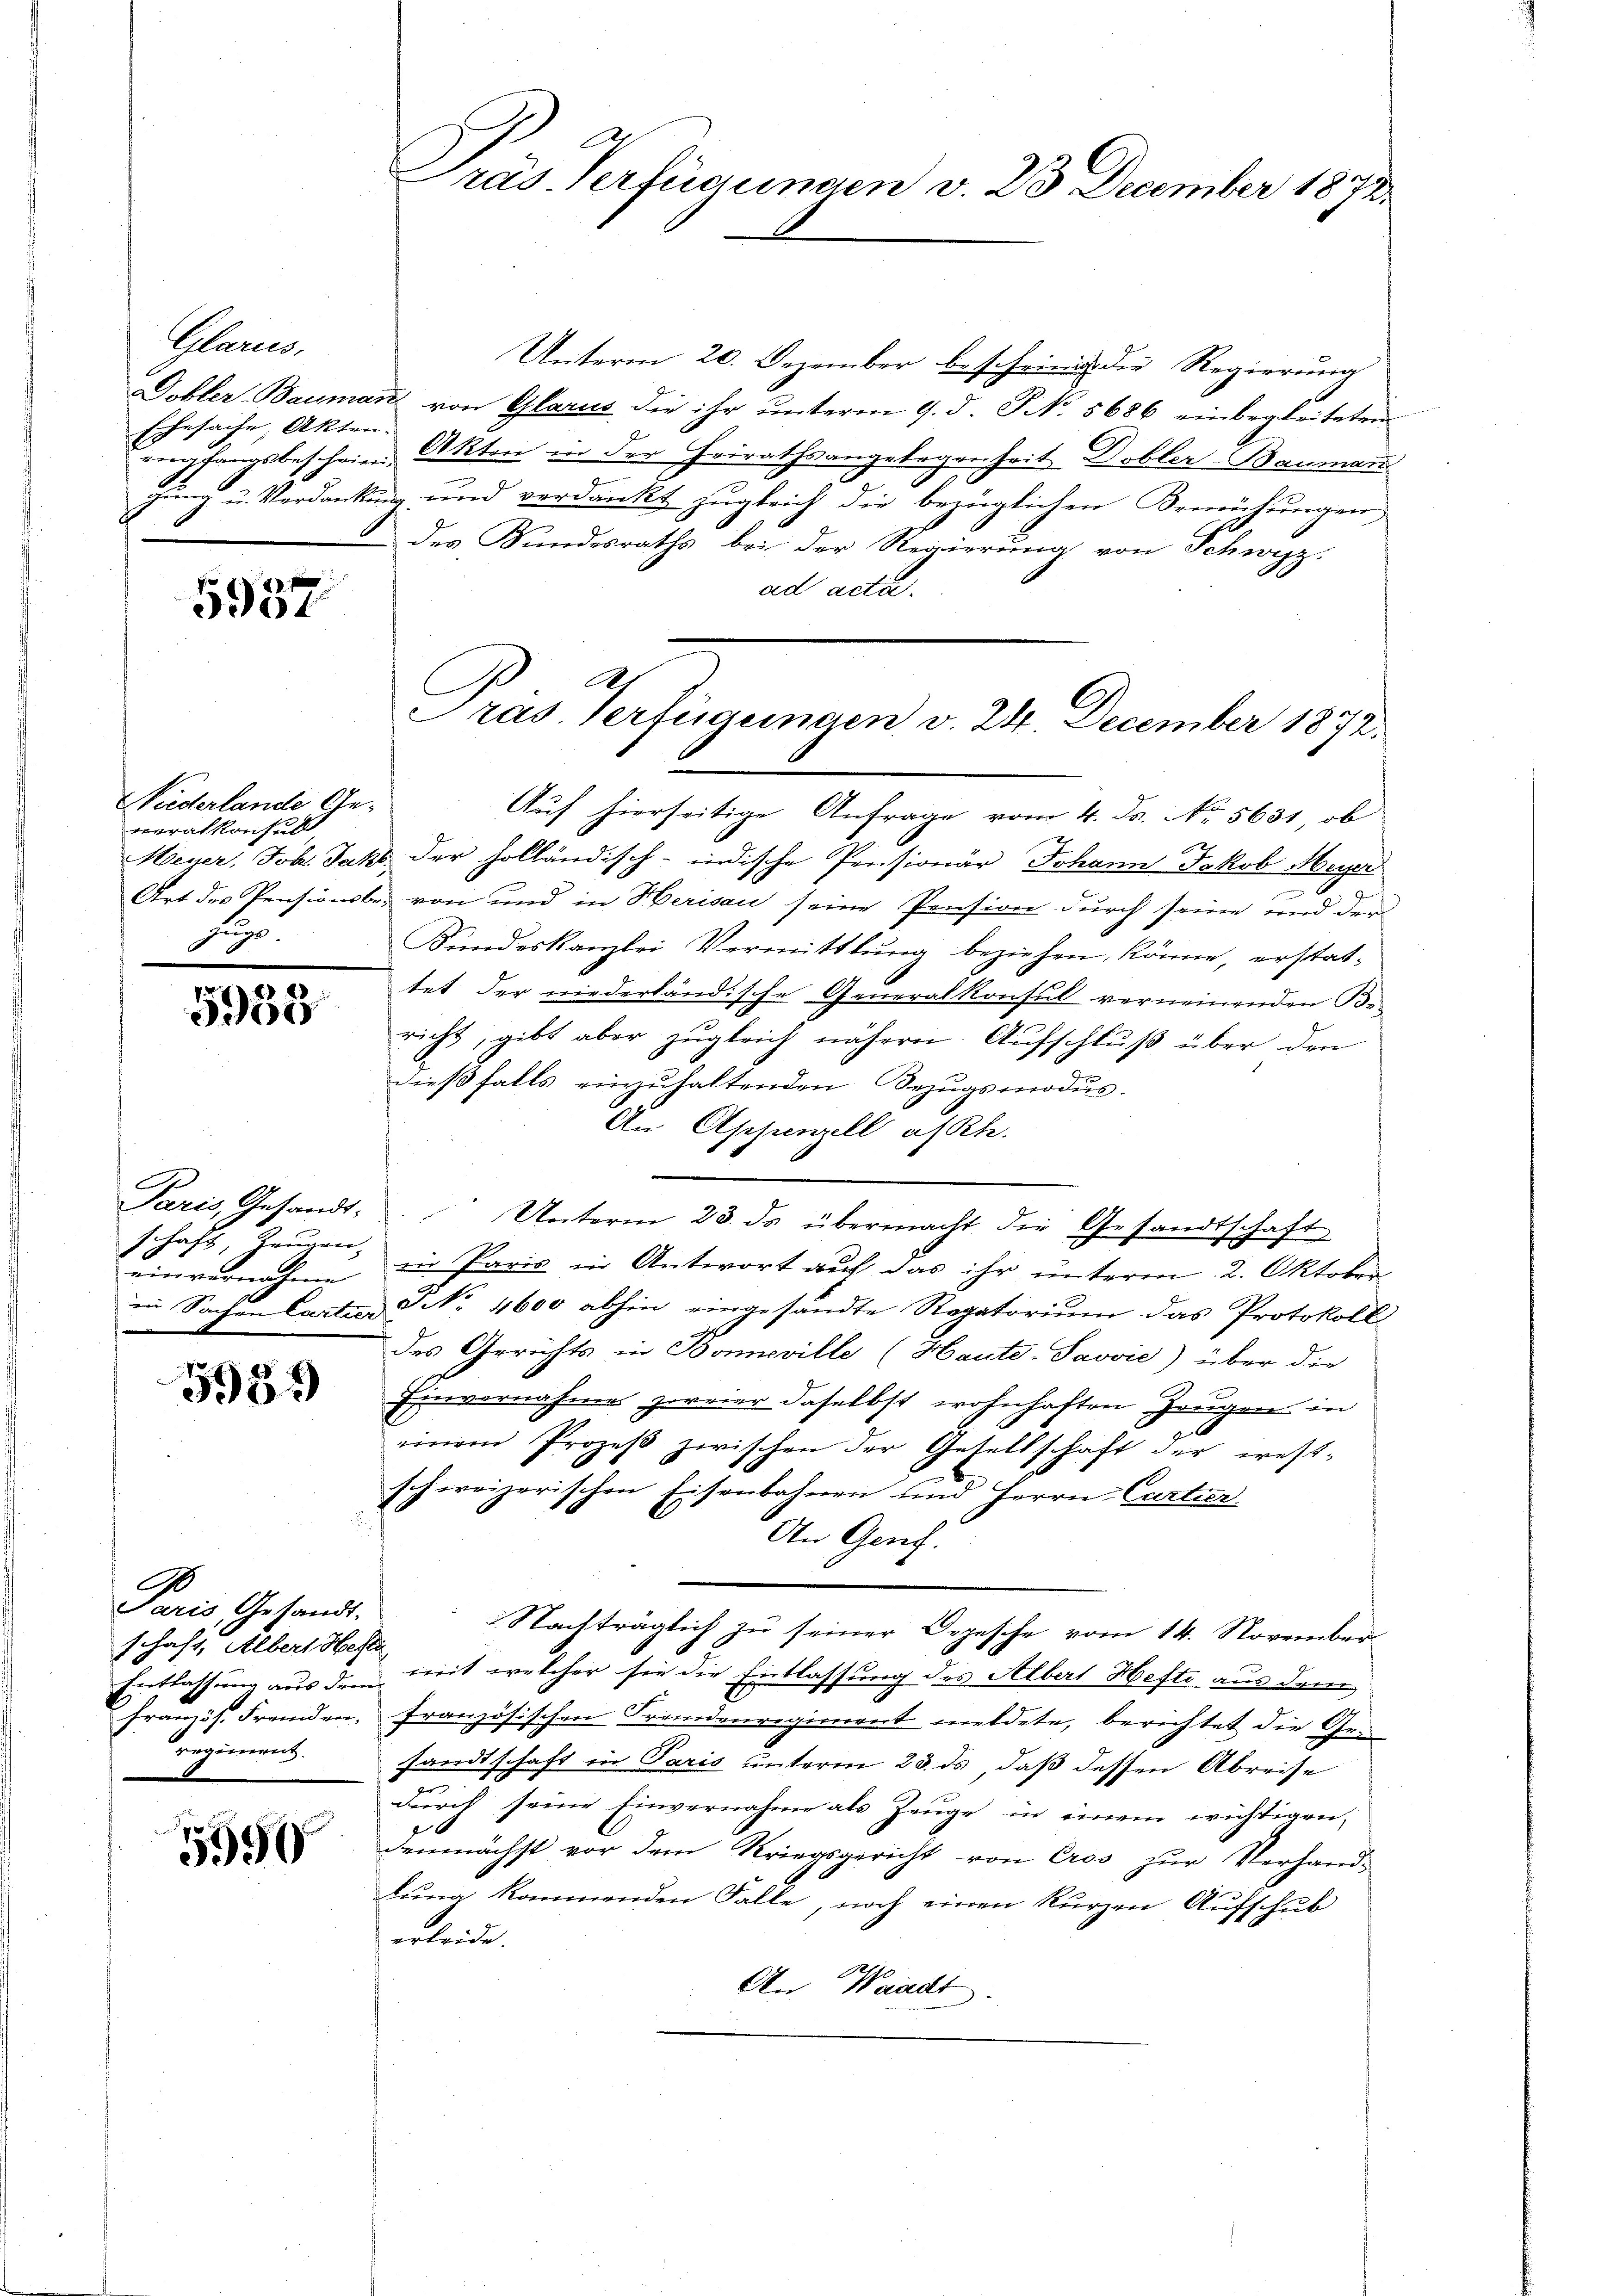
Glarus,
Ehesache, Akten.

f x
5901

Päderlande Geveralkonsult
u
.

5938

Paris, Gesandt-
schaft, Zeugen,
einvernahme
s

5959

o
Paris, Gesandt-
schaft, Albert Hefte
französ. Fremden.
regiment.

5590

Unterm 20. Dezember bescheint die Regierung
Dobler-Baumaṅ von Glarus die ihr ŭnterm 9. d. J. No. 5686 einbegleiteten
efangsbeschein Akten in der Heirathsangelegenheit Dobler-Bauman
gung u. Verdankung und verdankt zugleich die bezüglichen Bemühungen
des Sundesraths bei der Regierung von Schwyz,
ad acta.
Auf hierseitige Anfrage vom 4. Fs. No. 5631, ob
Meyer, Joh. Jako der holländisch-indische Pensionär Johann Jakob Meyer
.
Art des Pensionsbe, von und in Herisau seine Pension durch seine und der
Sundeskanzlei Vermittlung beziehen, könne, erstattet der niederländische Generalkonsul verneinenden Be-
richt, gibt aber zugleich nähern Aufschluß über den
dießfalls einzuhaltenden Bezugsmodus.
An Appenzell a/Rh.
Unterm 23. ds. übermacht die Gesandtschaft
u Paris in Antwort auf das ihr unterm 2. Oktober
in Sachen Cartus No. 4600 abhin eingesandte Rogatorium das Protokoll
des Gerichts in Boneville (Haute-Savvić) über die
Einvernahme zweier daselbst wohnhaften Zeugen in
einem Prozeβ zwischen der Gesellschaft der west-
schweizerischen Eisenbahnen und Herrn Curtier
An Genf.
 Nachträglich zŭ seiner Depesche vom 14. November
Entlassung aus dem mit welcher sie die Entlassung des Albert Hefte aus dem
französischen Frandenregiment meldete, berichtet die Gesandtschaft in Paris unterm 23. ds, daß dessen Abreise
e
dŭrch seine Einvernahme als Zeŭge in einem wichtigen,
demnächst vor dem Kriegsgericht von Eros zur Verhandlung kommenden Falle, noch einen kurzen Aufschub
erleide.
An Waadt.

Präs. Verfügungen v. 23 December 1872.

A
Pras. Verfügungen v. 24. December 1872.